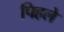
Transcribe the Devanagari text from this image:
पिहले